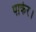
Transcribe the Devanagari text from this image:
पार्कर।